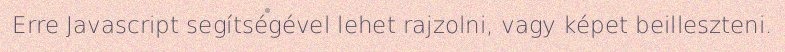
Erre Javascript segítségével lehet rajzolni, vagy képet beilleszteni.